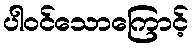
ပါဝင်သောကြောင့်